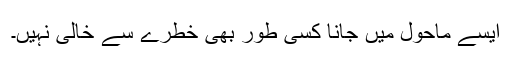
ایسے ماحول میں جانا کسی طور بھی خطرے سے خالی نہیں۔